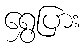
ရွှေပြား